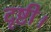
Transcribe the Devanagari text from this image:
दृष्टी।